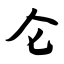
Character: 仑